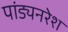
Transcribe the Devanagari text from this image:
पांड्यनरेश